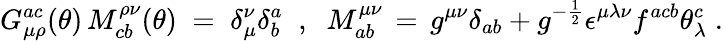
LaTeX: G_{\mu\rho}^{ac}(\theta)\, M_{cb}^{\rho\nu}(\theta)\; =\; \delta_{\mu}^{\nu}\delta_{b}^{a}\; \; ,\; \; M_{ab}^{\mu\nu}\, =\, g^{\mu\nu}\delta_{ab}+g^{-\frac{1}{2}}\epsilon^{\mu\lambda\nu}f^{acb}\theta_{\lambda}^{c}\; .